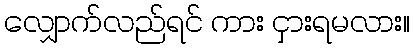
လျှောက်လည်ရင် ကား ငှားရမလား။